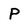
Character: P